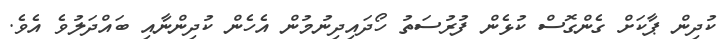
ކުދިން ޕާކަށް ގެންގޮސް ކުޅެން ފުރުސަތު ހޯދައިދިނުމުން އެހެން ކުދިންނާއި ބައްދަލުވެ އެވެ.